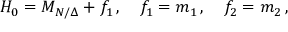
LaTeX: H _ { 0 } = M _ { N / \Delta } + f _ { 1 } \, , \quad f _ { 1 } = m _ { 1 } \, , \quad f _ { 2 } = m _ { 2 } \, ,